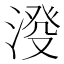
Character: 𣸍